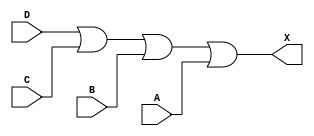
module sky130_fd_sc_lp__or4 (
    X,
    A,
    B,
    C,
    D
);

    // Module ports
    output X;
    input  A;
    input  B;
    input  C;
    input  D;

    // Local signals
    wire or0_out_X;

    //  Name  Output     Other arguments
    or  or0  (or0_out_X, D, C, B, A     );
    buf buf0 (X        , or0_out_X      );

endmodule